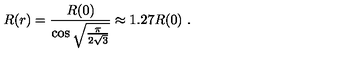
R ( r ) = { \frac { R ( 0 ) } { \cos \sqrt { \frac { \pi } { 2 \sqrt 3 } } } } \approx 1 . 2 7 R ( 0 ) \ .